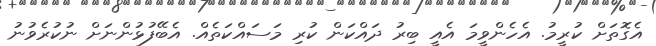
އެގޮތަށް ކުރީމު. އެހެންވީމަ އެއީ ބިރު ދައްކަން ކުރި މަސައްކަތެއް. އެބޭފުޅުންނަށް ނުކުރެވުނު